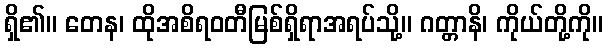
ရှိ၏။ တေန၊ ထိုအစိရဝတီမြစ်ရှိရာအရပ်သို့။ ဂတ္တာနိ၊ ကိုယ်တို့ကို။